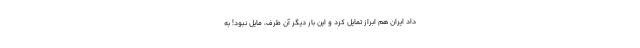
داد ایران هم ابراز تمایل کرد و این بار دیگر آن طرف، مایل نبود! به